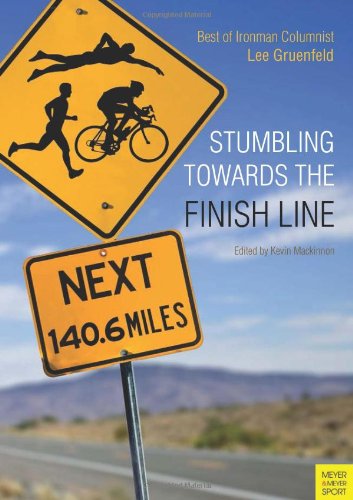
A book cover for Stumbling Towards the Finish Line; Lee Gruenfeld; Sports & Outdoors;